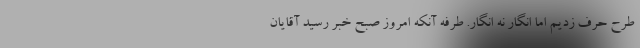
طرح حرف زدیم اما انگار نه انگار. طُرفه آنکه امروز صبح خبر رسید آقایان